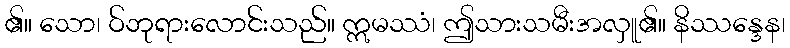
၏။ သော၊ ဝ်ဘုရားလောင်းသည်။ ဣမဿံ၊ ဤသားသမီးအလှူ၏။ နိဿန္ဒေန၊